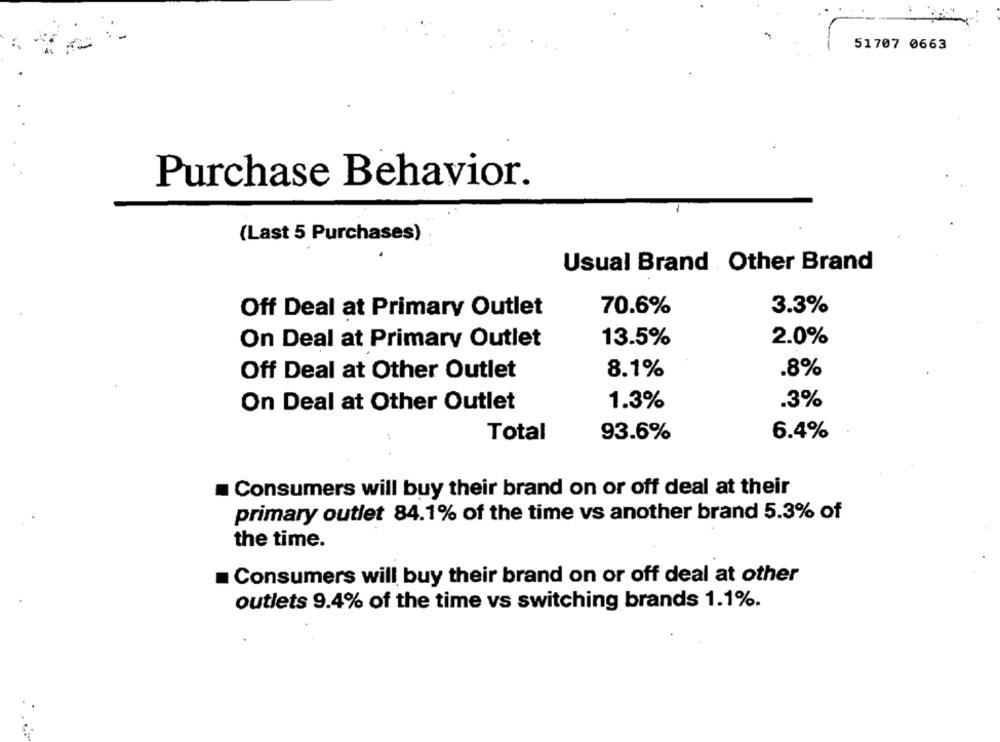
51707 0663
Purchase Behavior.
(Last 5 Purchases)
Usual Brand Other Brand
Off Deal at Primary Outlet
70.6%
3.3%
13.5%
2.0%
On Deal at Primary Outlet
Off Deal at Other Outlet
8.1%
.8%
On Deal at Other Outlet
1.3%
.3%
Total
93.6%
6.4%
Consumers will buy their brand on or off deal at their
primary outlet 84.1% of the time vs another brand 5.3% of
the time.
Consumers will buy their brand on or off deal at other
outlets 9.4% of the time vs switching brands 1.1%.